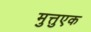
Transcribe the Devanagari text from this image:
मुत्तुएक